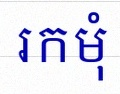
រកមុំ